Reports on military cantonments and civil stations in the Presidency of Bombay inspected by the Sanitary Commissioner in the years 1875 and 1876
Year: 1875
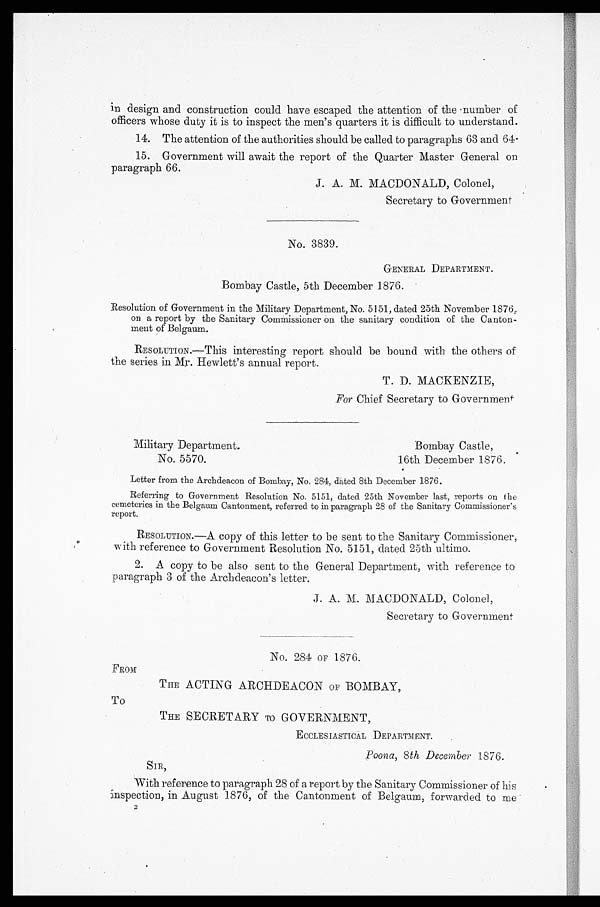
in design and construction could have escaped the attention of the number of
officers whose duty it is to inspect the men's quarters it is difficult to understand.
14. The attention of the authorities should be called to paragraphs 63 and 64-
15. Government will await the report of the Quarter Master General on
paragraph 66.
J. A. M. MACDONALD, Colonel,
Secretary to Government
No. 3839.
GENERAL DEPARTMENT.
Bombay Castle, 5th December 1876.
Resolution of Government in the Military Department, No. 5151, dated 25th November 1876,
on a report by the Sanitary Commissioner on the sanitary condition of the Canton-
ment of Belgaum.
RESOLUTION.—This interesting report should be bound with the others of
the series in Mr. Hewlett's annual report.
T. D. MACKENZIE,
For Chief Secretary to Government
Military Departments
Bombay Castle,
No. 5570.
16th December 1876.
Letter from the Archdeacon of Bombay, No. 284, dated 8th December 1876.
Referring to Government Resolution No. 5151, dated 25th November last, reports on the
cemeteries in the Belgaum Cantonment, referred to in paragraph 28 of the Sanitary Commissioner's
report.
RESOLUTION.—A copy of this letter to be sent to the Sanitary Commissioner,
with reference to Government Resolution No. 5151, dated 25th ultimo.
2. A copy to be also sent to the General Department, with reference to
paragraph 3 of the Archdeacon's letter.
J. A. M. MACDONALD, Colonel,
Secretary to Government
No. 284 OF 1876.
FROM
THE ACTING ARCHDEACON OF BOMBAY,
To
TEE SECRETARY TO GOVERNMENT,
ECCLESIASTICAL DEPARTMENT.
Poona, 8th December 1876.
SIR,
With reference to paragraph 28 of a report by the Sanitary Commissioner of his
Inspection, in August 1876, of the Cantonment of Belgaum, forwarded to me
2